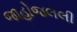
જાહોજલલી